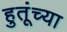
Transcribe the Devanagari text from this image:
हुतूंच्‍या